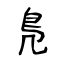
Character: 鳬